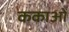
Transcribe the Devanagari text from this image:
ककाओं